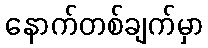
နောက်တစ်ချက်မှာ